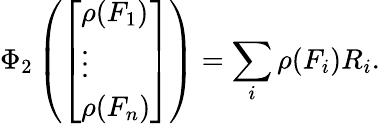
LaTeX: \Phi_{2}\left({\left[\begin{array}{l}{\rho(F_{1})}\\ {\vdots}\\ {\rho(F_{n})}\end{array}\right]}\right)=\sum_{i}\rho(F_{i})R_{i}.